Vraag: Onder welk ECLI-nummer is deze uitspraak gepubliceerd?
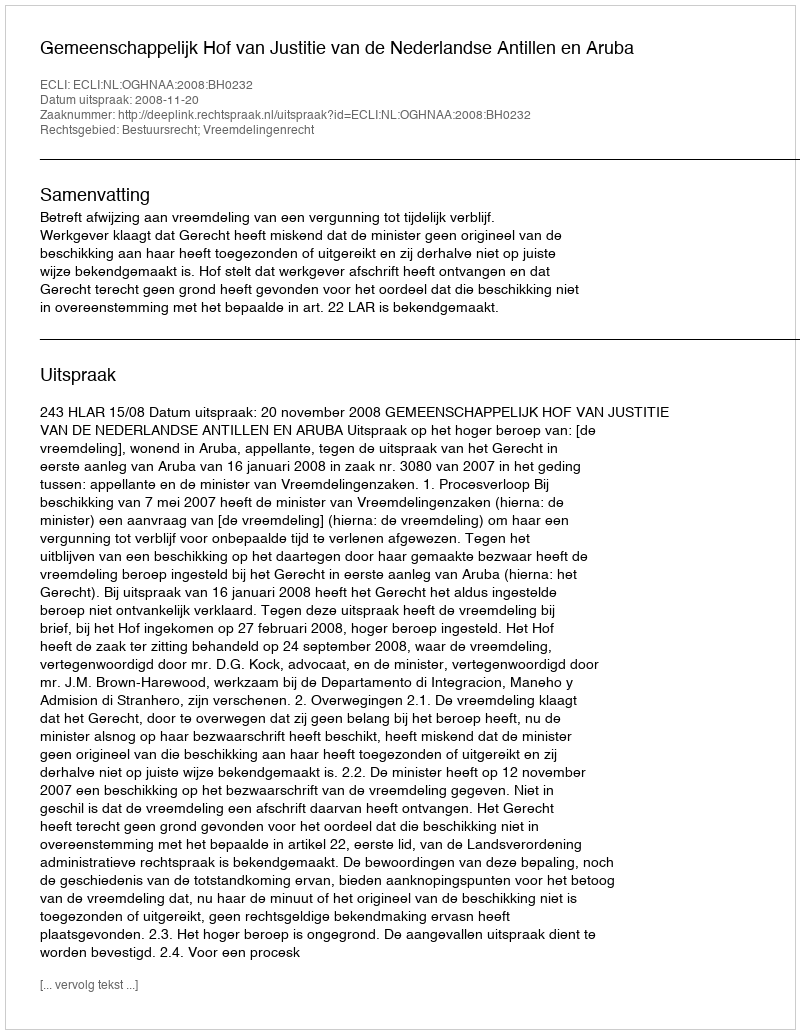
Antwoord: ECLI:NL:OGHNAA:2008:BH0232